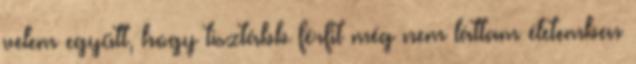
velem együtt, hogy tisztább férfit még nem láttam életemben